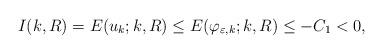
LaTeX: \begin{align*}I(k,R) = E(u_{k};k,R) \leq E(\varphi_{\varepsilon,k};k,R) \leq - C_{1} < 0,\end{align*}